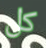
كل